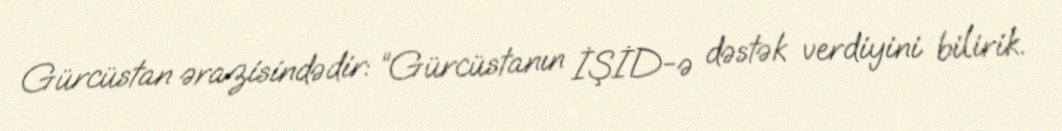
Gürcüstan ərazisindədir: “Gürcüstanın İŞİD-ə dəstək verdiyini bilirik.